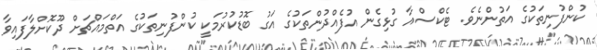
ކުންފުނިތަކުގެ އަތުންނެވެ. ޓެކްސްއާ ގުޅިގެން އުފެއްދުންތަކުގެ އަގު ބޮޑުކުރުމަކީ ކުންފުނިތަކުގެ އަތްމައްޗަށް ދޫކޮށްލާފައިވާ